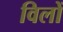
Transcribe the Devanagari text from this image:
विलों